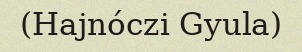
(Hajnóczi Gyula)